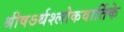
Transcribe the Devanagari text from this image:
श्रीषऽर्थश्लोकवार्तिके